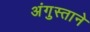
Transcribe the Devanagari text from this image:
अंगुस्ताने